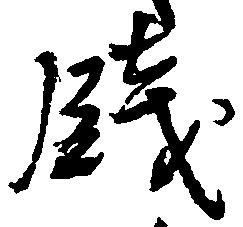
銭